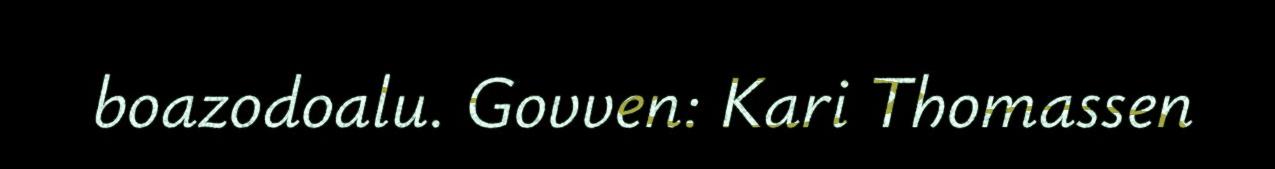
boazodoalu. Govven: Kari Thomassen